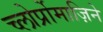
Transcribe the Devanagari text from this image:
च्लोर्प्रोमाज़िने